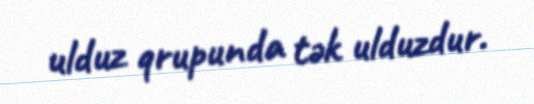
ulduz qrupunda tək ulduzdur.